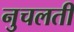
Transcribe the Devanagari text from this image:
नुचलती